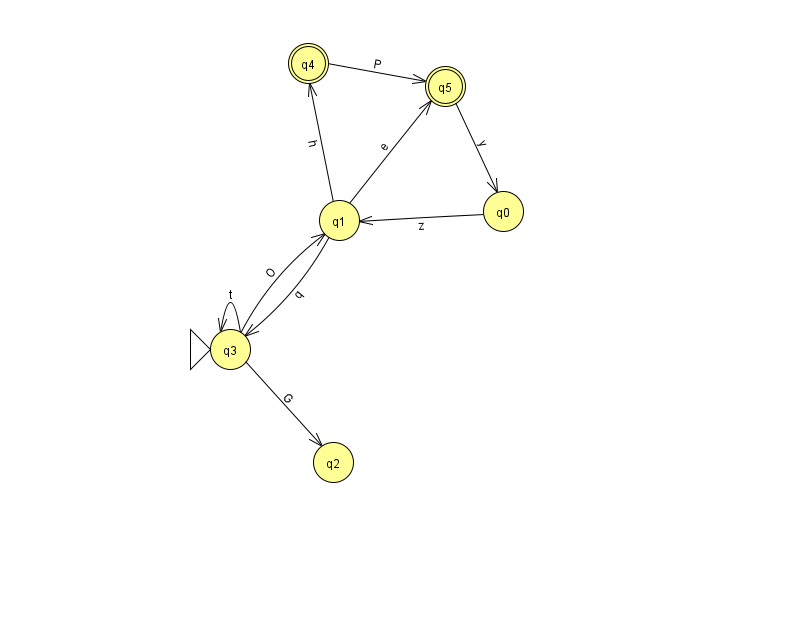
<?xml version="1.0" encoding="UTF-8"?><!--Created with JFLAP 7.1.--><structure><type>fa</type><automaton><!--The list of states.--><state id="0" name="q0"><x>503.0</x><y>198.0</y></state><state id="1" name="q1"><x>339.0</x><y>207.0</y></state><state id="2" name="q2"><x>333.0</x><y>449.0</y></state><state id="3" name="q3"><x>230.0</x><y>336.0</y><initial/></state><state id="4" name="q4"><x>308.0</x><y>50.0</y><final/></state><state id="5" name="q5"><x>445.0</x><y>73.0</y><final/></state><!--The list of transitions.--><transition><from>1</from><to>3</to><read>q</read></transition><transition><from>3</from><to>3</to><read>t</read></transition><transition><from>5</from><to>0</to><read>y</read></transition><transition><from>3</from><to>2</to><read>G</read></transition><transition><from>4</from><to>5</to><read>P</read></transition><transition><from>1</from><to>4</to><read>h</read></transition><transition><from>0</from><to>1</to><read>z</read></transition><transition><from>1</from><to>5</to><read>e</read></transition><transition><from>3</from><to>1</to><read>O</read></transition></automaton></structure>